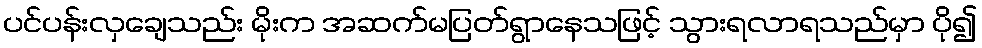
ပင်ပန်းလှချေသည်း မိုးက အဆက်မပြတ်ရွာနေသဖြင့် သွားရလာရသည်မှာ ပို၍